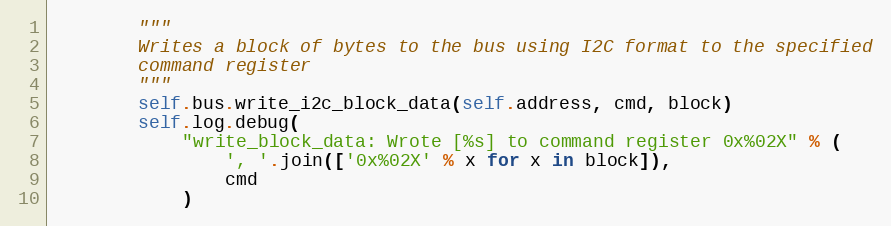
Language: Python
        """
        Writes a block of bytes to the bus using I2C format to the specified
        command register
        """
        self.bus.write_i2c_block_data(self.address, cmd, block)
        self.log.debug(
            "write_block_data: Wrote [%s] to command register 0x%02X" % (
                ', '.join(['0x%02X' % x for x in block]),
                cmd
            )